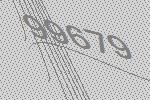
99679